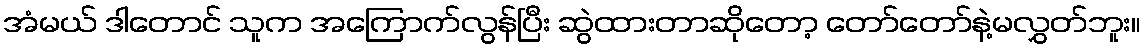
အံမယ် ဒါတောင် သူက အကြောက်လွန်ပြီး ဆွဲထားတာဆိုတော့ တော်တော်နဲ့မလွှတ်ဘူး။